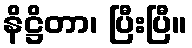
နိဋ္ဌိတာ၊ ပြီးပြီ။